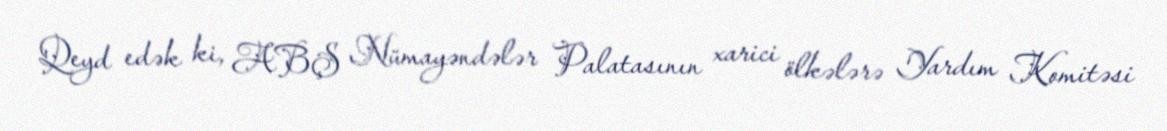
Qeyd edək ki, ABŞ Nümayəndələr Palatasının xarici ölkələrə Yardım Komitəsi